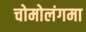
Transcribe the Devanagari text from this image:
चोमोलंगमा